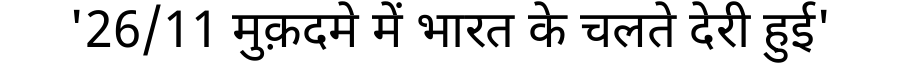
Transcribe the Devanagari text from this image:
'26/11 मुक़दमे में भारत के चलते देरी हुई'